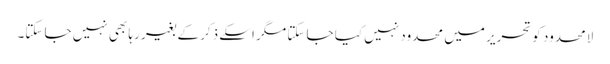
لامحدود کو تحریر میں محدود نہیں کیا جا سکتا مگر اسکے ذکر کے بغیر رہا بھی نہیں جا سکتا۔